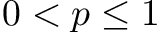
0 < p \le 1